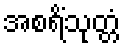
အစရိံသုတ္တံ